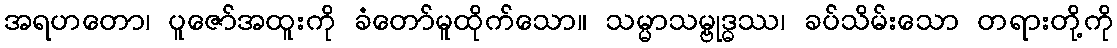
အရဟတော၊ ပူဇော်အထူးကို ခံတော်မူထိုက်သော။ သမ္မာသမ္ဗုဒ္ဓဿ၊ ခပ်သိမ်းသော တရားတို့ကို